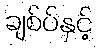
ချစ်ပ်နှင့်